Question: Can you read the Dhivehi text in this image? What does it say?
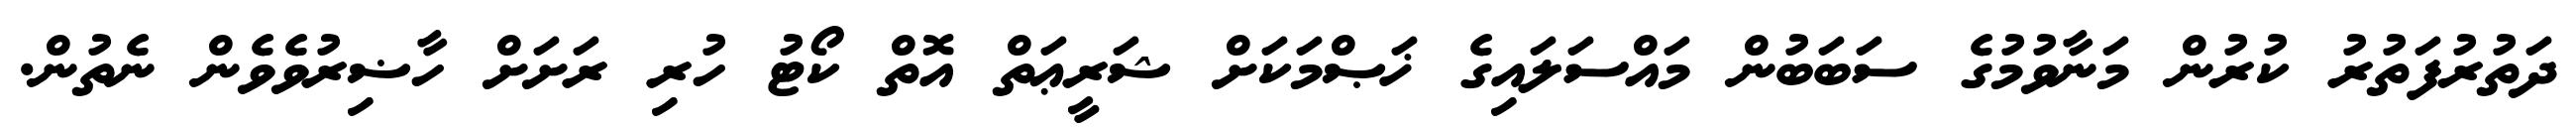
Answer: ދަތުރުފަތުރު ކުރުން މަނާވުމުގެ ސަބަބުން މައްސަލައިގެ ޚަޞްމަކަށް ޝަރީޢަތް އޮތް ކޯޓު ހުރި ރަށަށް ހާޟިރުވެވެން ނެތުން.